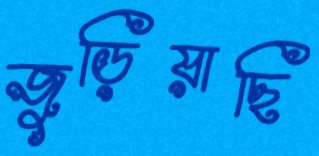
জুড়িয়াছি